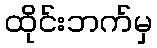
ထိုင်းဘက်မှ